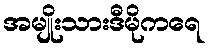
အမျိုးသားဒီမိုကရေ